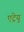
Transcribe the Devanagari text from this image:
एट्रेयु